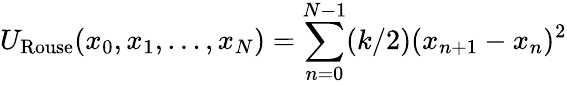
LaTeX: U_{\mathrm{Rouse}}(x_{0},x_{1},...,x_{N})=\sum_{n=0}^{N-1}(k/2)(x_{n+1}-x_{n})^{2}